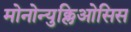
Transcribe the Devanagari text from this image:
मोनोन्युक्लिओसिस